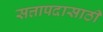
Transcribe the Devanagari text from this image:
सत्तापदासाठी